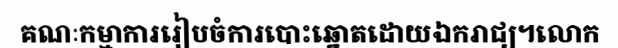
គណៈកម្មាការរៀបចំការបោះឆ្នោតដោយឯករាជ្យ។លោក